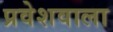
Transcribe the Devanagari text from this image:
प्रवेशवाला